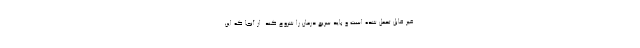
غیر قابل تحمل شده است و باید سریع درمان را شروع کند. از آنجا که این